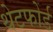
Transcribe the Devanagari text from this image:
थेटफोर्ड